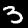
Label: 3